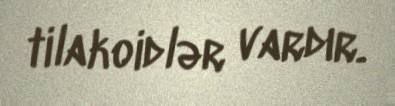
tilakoidlər vardır.